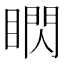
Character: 䁡